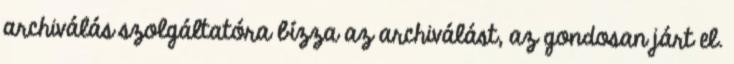
archiválás szolgáltatóra bízza az archiválást, az gondosan járt el.